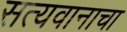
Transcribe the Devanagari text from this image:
सत्यवानाचा